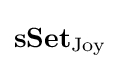
\mathbf {sSet} _{\mathrm {Joy} }